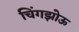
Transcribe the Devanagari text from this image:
चिंगझोऊ